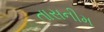
તાસનીમ